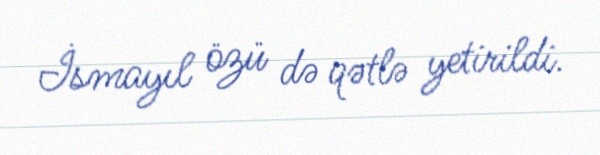
İsmayıl özü də qətlə yetirildi.